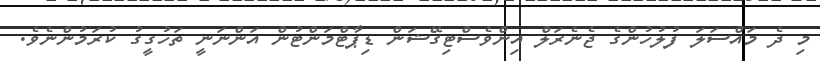
މި ދެ މައްސަލަ ފުލުހުންގެ ޖެނެރަލް އިންވެސްޓިގޭޝަން ޑިޕާޓްމަންޓުން އަންނަނީ ތަހުގީގު ކުރަމުންނެވެ.